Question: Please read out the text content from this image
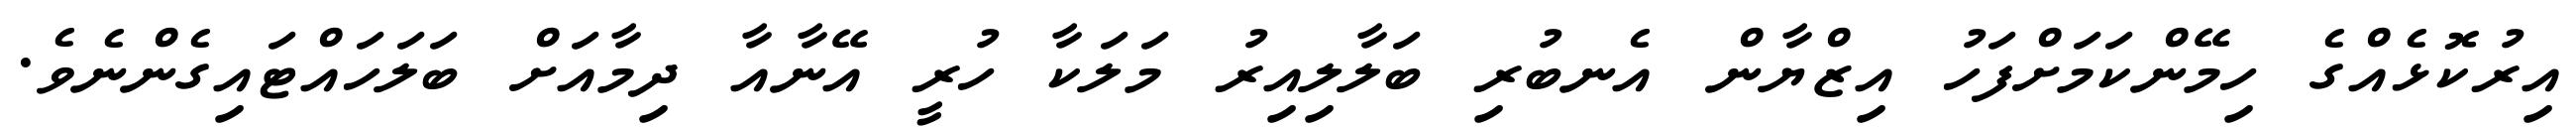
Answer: އިރުކޮޅެއްގެ ހިމޭންކަމަށްފަހު އިޒްޔާން އެނބުރި ބަލާލިއިރު މަލަކާ ހުރީ އޭނާއާ ދިމާއަށް ބަލަހައްޓައިގެންނެވެ.